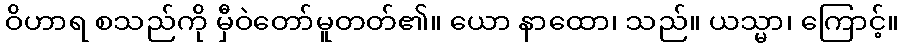
ဝိဟာရ စသည်ကို မှီဝဲတော်မူတတ်၏။ ယော နာထော၊ သည်။ ယသ္မာ၊ ကြောင့်။